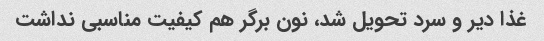
غذا دیر و سرد تحویل شد، نون برگر هم کیفیت مناسبی نداشت